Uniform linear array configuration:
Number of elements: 48
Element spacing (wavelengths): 1
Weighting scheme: cosine
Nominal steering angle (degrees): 45
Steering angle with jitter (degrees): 45.256
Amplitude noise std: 0.05
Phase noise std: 0.05

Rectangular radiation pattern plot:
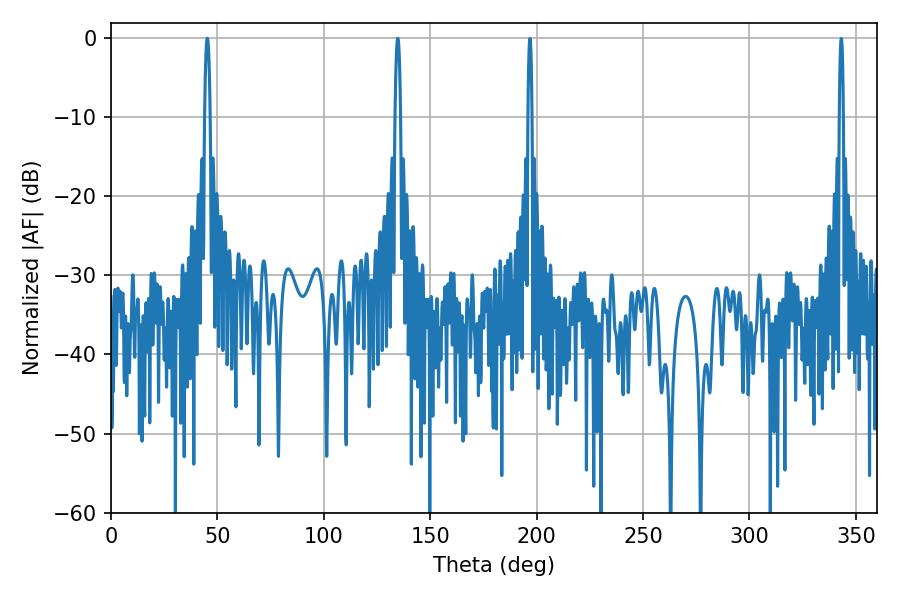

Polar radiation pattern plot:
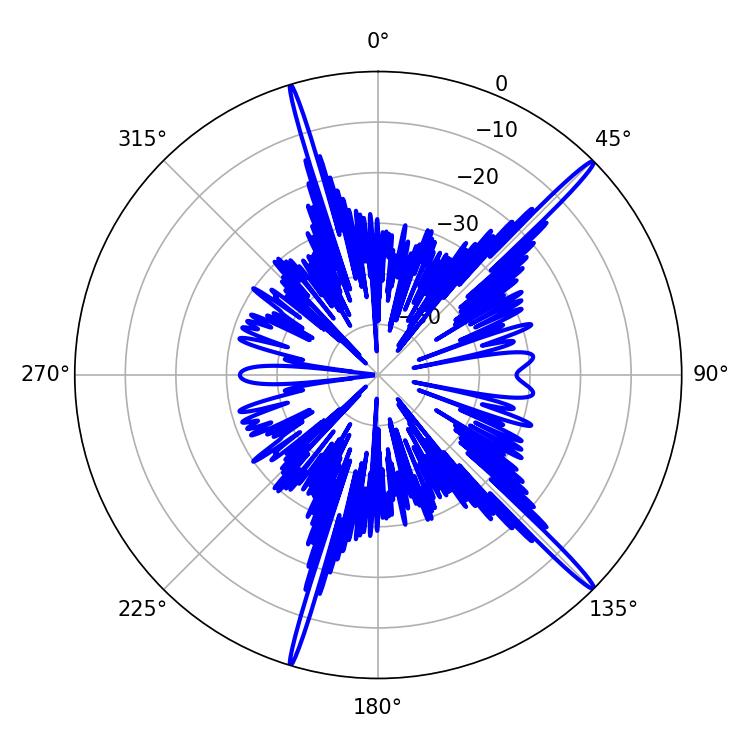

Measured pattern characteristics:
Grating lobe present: TRUE
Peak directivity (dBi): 18.251
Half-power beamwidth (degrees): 1.26
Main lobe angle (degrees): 45.18